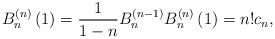
LaTeX: \begin{align*}B_{n}^{\left( n\right) }\left( 1\right) =\frac{1}{1-n}B_{n}^{\left(n-1\right) }B_{n}^{\left( n\right) }\left( 1\right)=n!c_{n},\end{align*}